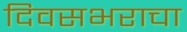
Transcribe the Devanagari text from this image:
दिवसभराचा